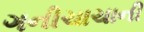
ગનીચાચાની